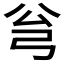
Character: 𱝛